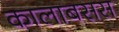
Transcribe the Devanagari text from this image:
कालाबसस